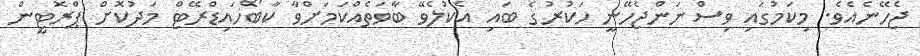
ޖެހޭނެއެވެ. މިކަމުގައި ވިސްނަންޖެހޭނީ ހަކުރުގެ ބައި އެކުލެވޭ ބާވަތެއްކަމަށްވާ ކާބޯހައިޑްރޭޓް މަދުކޮށް ޕްރޮޓީން